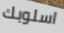
اسلوبك